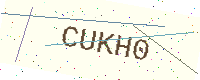
Text: CUKH0